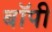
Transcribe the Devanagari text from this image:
बॉपी